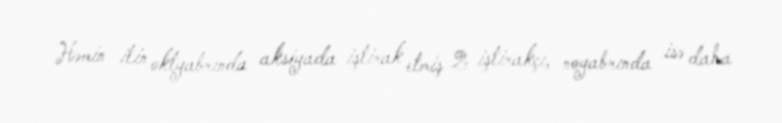
Həmin ilin oktyabrında aksiyada iştirak etmiş 2 iştirakçı, noyabrında isə daha